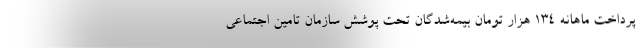
پرداخت ماهانه ۱۳۴ هزار تومان بیمه‌شدگان تحت پوشش سازمان تامین اجتماعی